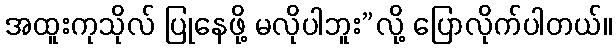
အထူးကုသိုလ် ပြုနေဖို့ မလိုပါဘူး”လို့ ပြောလိုက်ပါတယ်။